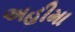
અહીમા